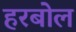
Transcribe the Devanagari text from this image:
हरबोल